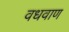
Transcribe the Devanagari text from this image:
वधवाण